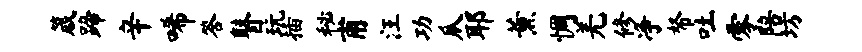
箴蹄辛唏答瞽玩插秘甫汪功瓜耶薰惆羌修净帑吐零陪坊